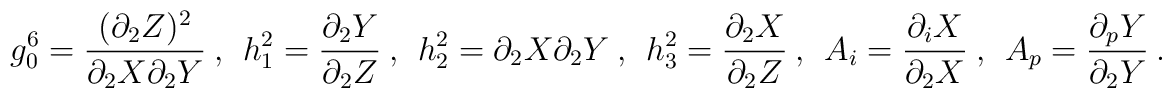
g_0^6 = \frac{(\partial_2Z)^2}{\partial_2X\partial_2Y} ~,~~   h_1^2 = \frac{\partial_2Y}{\partial_2Z} ~,~~   h_2^2 = \partial_2X\partial_2Y          ~,~~   h_3^2 = \frac{\partial_2X}{\partial_2Z} ~,~~   A_i   = \frac{\partial_iX}{\partial_2X} ~,~~   A_p   = \frac{\partial_pY}{\partial_2Y} ~.